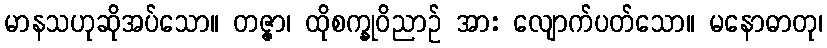
မာနသဟုဆိုအပ်သော။ တဇ္ဇာ၊ ထိုစက္ခုဝိညာဉ် အား လျောက်ပတ်သော။ မနောဓာတု၊